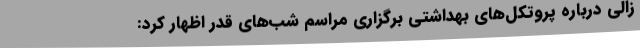
زالی درباره پروتکل‌های بهداشتی برگزاری مراسم شب‌های قدر اظهار کرد: